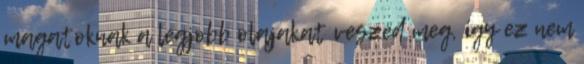
magatoknak a legjobb olajakat veszed meg, így ez nem